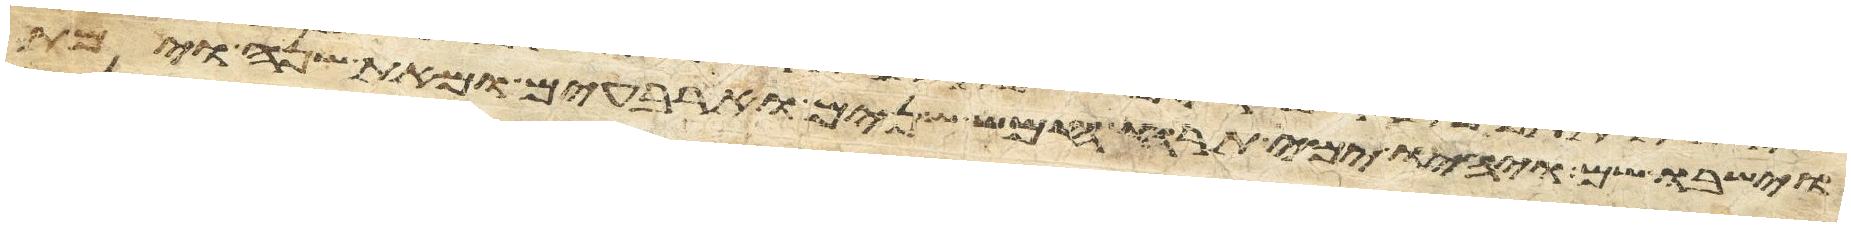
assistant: וישבו שם ויהיו ימי תרח חמש שנים וארבעים ומאת שנה וימת